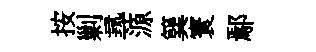
按剿𡬶源簨寰鄢